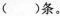
( )条。